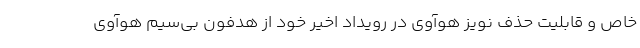
خاص و قابلیت حذف نویز هوآوی در رویداد اخیر خود از هدفون بی‌سیم هوآوی